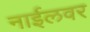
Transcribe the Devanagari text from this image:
नाईलवर